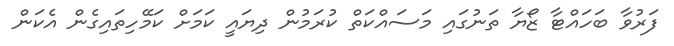
ފަރުވާ ބަހައްޓާ ޒޯޔާ ތަނުގައި މަސައްކަތް ކުރަމުން ދިޔައީ ކަމަށް ކަމޭހިތައިގެން އެކަން